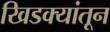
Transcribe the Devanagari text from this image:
खिडक्यांतून